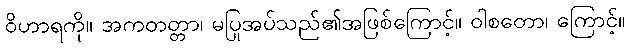
ဝိဟာရကို။ အကတတ္တာ၊ မပြုအပ်သည်၏အဖြစ်ကြောင့်။ ဝါစတော၊ ကြောင့်။